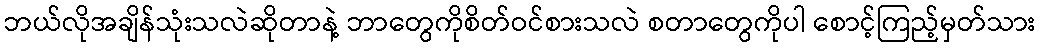
ဘယ်လိုအချိန်သုံးသလဲဆိုတာနဲ့ ဘာတွေကိုစိတ်ဝင်စားသလဲ စတာတွေကိုပါ စောင့်ကြည့်မှတ်သား